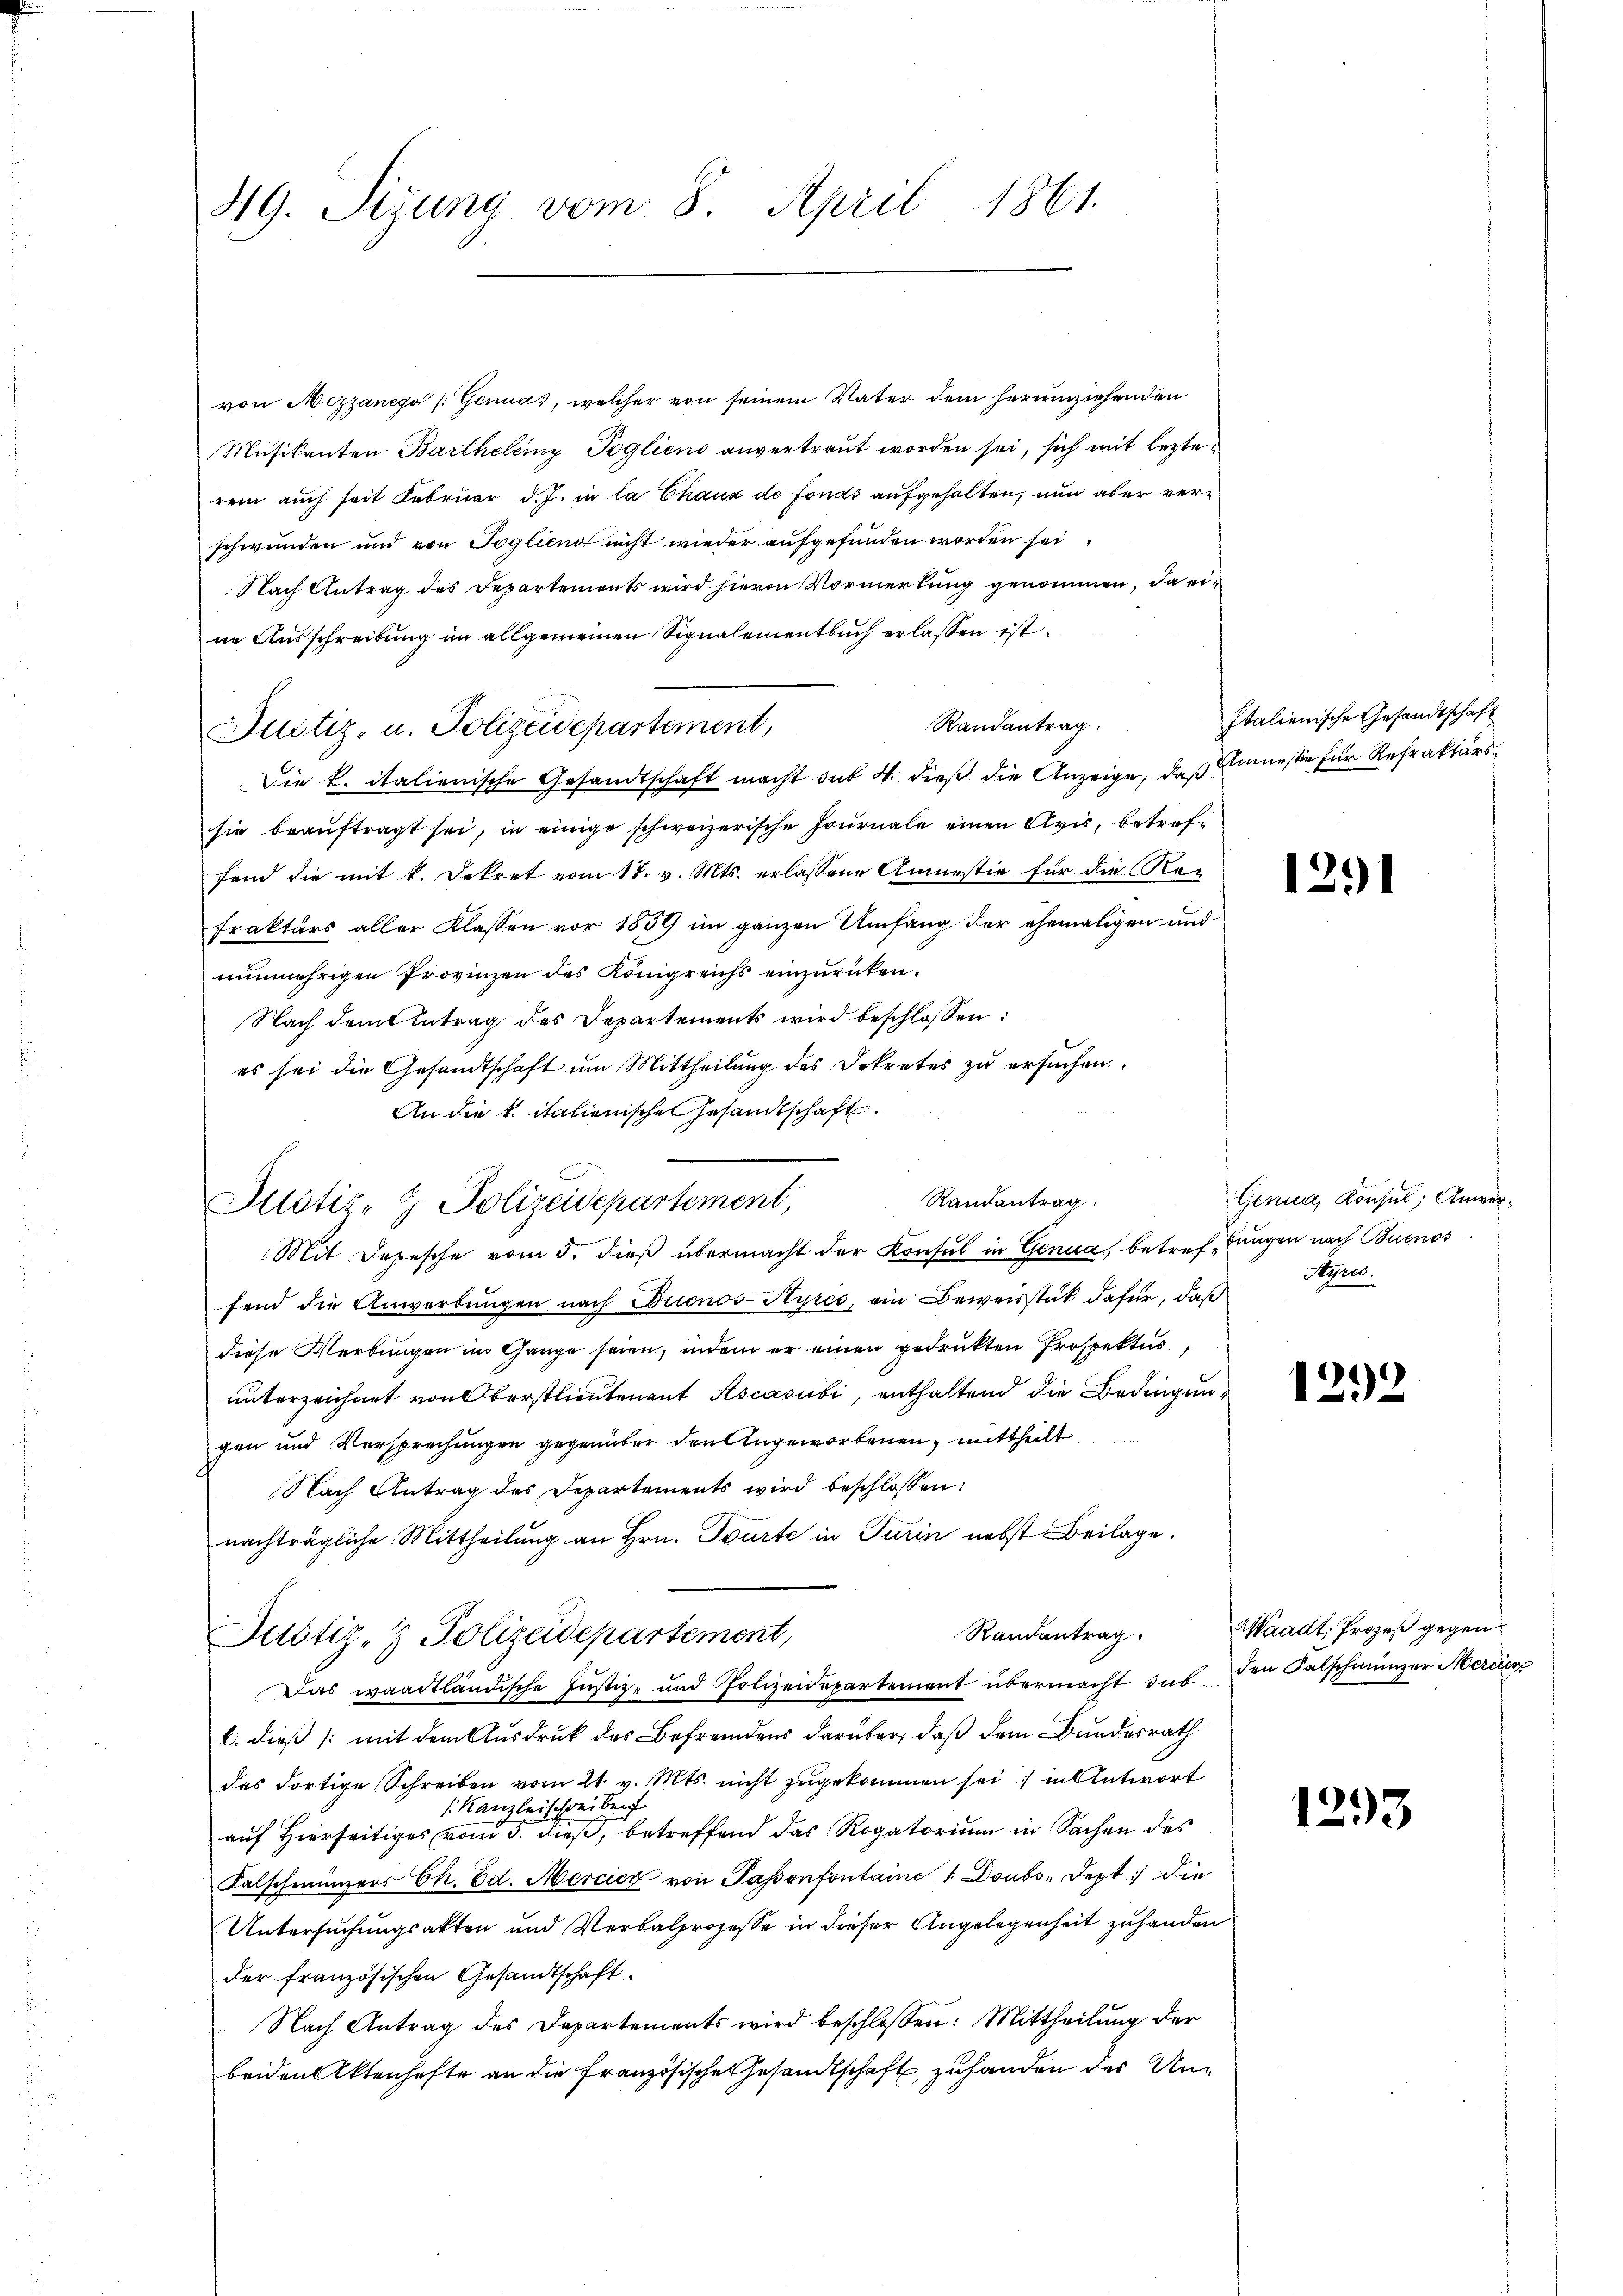
49. Sizung vom 8. April 1861.

von Mezzanego (Genua, welcher von seinem Vater dem herumziehenden
Musikanten Barthelemy Poglieno anvertraut worden sei, sich mit lezterem auch seit Februar d.J. in la Chaux de fonds aufgehalten, nun aber verschwunden und von Toglieno nicht wieder aufgefunden worden sei
Nach Antrag des Departements wird hievon Vormerkung genommen, da eine Ausschreibung im allgemeinen Signalementbuch erlassen ist.
Randantrag.
Justiz- u. Polizeidepartement,
Die k. italienische Gesandtschaft macht das 4. dieß die Anzeige, daß Gmürste für Refrakturssie beauftragt sei, in einige schweizerische fournale einen Avis, betreffend die mit k. Dekret vom 18. v. Mts. erlassene Amnestie für die Re-
fraktärs aller Klassen vor 1859 im ganzen Umfang der ehemaligen und
nunmehrigen Provinzen des Königreichs einzurücken.
Nach dem Antrag des Departements wird beschlossen:
es sei die Gesandtschaft ŭm Mittheilŭng des Dekretes zŭ ersŭchen.
An die k. italienische Gesandtschaft.
Mit Depesche vom 5. dieß übermacht der Konsul in Genua, betreffungen nach Buenos
fend die Anwerbungen nach Buenos-Ayres, ein Beweisstät dafür, daß
diese Werbungen im Gange seien, indem er einen gedruckten Prospektur
unterzeichnet von Oberstlieutenant Ascasubi, enthaltend die Bedingungen und Versprechungen gegenüber den Ungeworbenen, mittheilt
Nach Antrag des Departements wird beschlossen:
nachträgliche Mittheilung an Hrn. Tourte in Turin nebst Beilage.
Randantrag
Justiz- & Polizeidepartement,
Das waadtländische Justiz- und Polizeidepartement übermacht das den Falschmünzer Mercier
C. dieß (mit dem Ausdruck des Befremdens darüber, daß dem Bundesrath
das dortige Schreiben vom 21. v. Mts. nicht zugekommen sei; in Antwort
s. Kanzleischreiben
auf Hierseitiges vom 5. dieß, betreffend das Rogatorium in Sachen des
Falschmünzers Ch. Ed. Mercier von Papenfontaine 1 Doubs Dept: die
Untersuchungsakten und Verbalprozesse in dieser Angelegenheit zu handen
der französischen Gesandtschaft
Nach Antrag des Departements wird beschlossen: Mittheilung der
beiden Aktenhafte an die Französische Gesandtschaft zu handen der Un¬

Justiz- & Polizeidepartement,

Randantrag

Italienische Gesandtschaft

1291

Genua, Konsul, Anwer¬
Ayres.

1292

Waadt, Prozeß gegen

1293